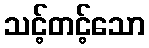
သင့်တင့်သော